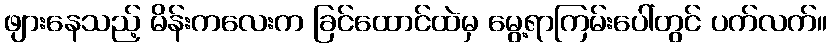
ဖျားနေသည့် မိန်းကလေးက ခြင်ထောင်ထဲမှ မွေ့ရာကြမ်းပေါ်တွင် ပက်လက်။